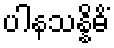
ပါနသန္နိဓိံ